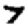
Digit: 7